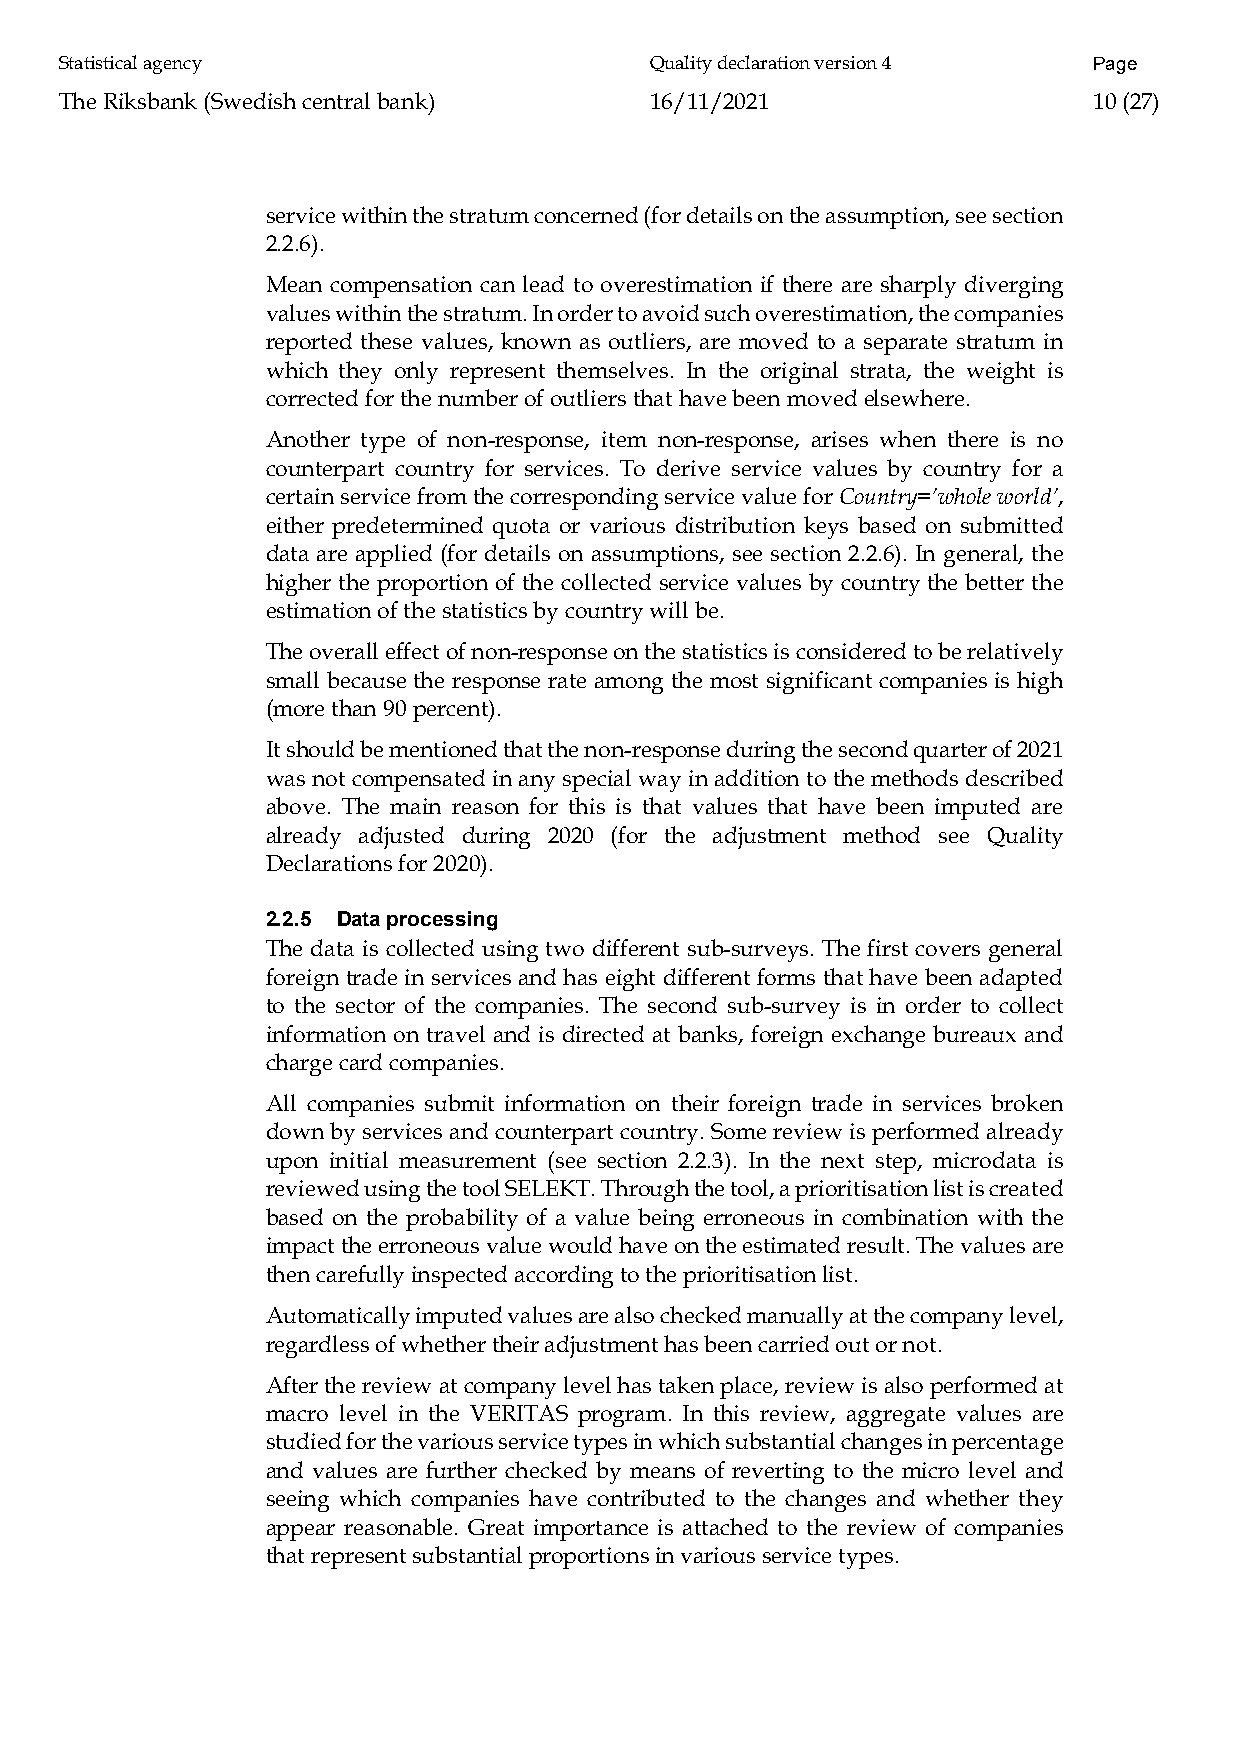
Statistical agency                     Quality declaration version 4 Page
 The Riksbank (Swedish central bank)    16/11/2021                   10 (27)
 service within the stratum concerned (for details on the assumption, see section
 2.2.6).
 Mean compensation can lead to overestimation if there are sharply diverging
 values within the stratum. In order to avoid such overestimation, the companies
 reported these values, known as outliers, are moved to a separate stratum in
 which they only represent themselves. In the original strata, the weight is
 corrected for the number of outliers that have been moved elsewhere.
 Another type of non-response, item non-response, arises when there is no
 counterpart country for services. To derive service values by country for a
 certain service from the corresponding service value for Country=’whole world’,
 either predetermined quota or various distribution keys based on submitted
 data are applied (for details on assumptions, see section 2.2.6). In general, the
 higher the proportion of the collected service values by country the better the
 estimation of the statistics by country will be.
 The overall effect of non-response on the statistics is considered to be relatively
 small because the response rate among the most significant companies is high
 (more than 90 percent).
 It should be mentioned that the non-response during the second quarter of 2021
 was not compensated in any special way in addition to the methods described
 above. The main reason for this is that values that have been imputed are
 already adjusted during 2020 (for the adjustment method see Quality
 Declarations for 2020).
 2.2.5 Data processing
 The data is collected using two different sub-surveys. The first covers general
 foreign trade in services and has eight different forms that have been adapted
 to the sector of the companies. The second sub-survey is in order to collect
 information on travel and is directed at banks, foreign exchange bureaux and
 charge card companies.
 All companies submit information on their foreign trade in services broken
 down by services and counterpart country. Some review is performed already
 upon initial measurement (see section 2.2.3). In the next step, microdata is
 reviewed using the tool SELEKT. Through the tool, a prioritisation list is created
 based on the probability of a value being erroneous in combination with the
 impact the erroneous value would have on the estimated result. The values are
 then carefully inspected according to the prioritisation list.
 Automatically imputed values are also checked manually at the company level,
 regardless of whether their adjustment has been carried out or not.
 After the review at company level has taken place, review is also performed at
 macro level in the VERITAS program. In this review, aggregate values are
 studied for the various service types in which substantial changes in percentage
 and values are further checked by means of reverting to the micro level and
 seeing which companies have contributed to the changes and whether they
 appear reasonable. Great importance is attached to the review of companies
 that represent substantial proportions in various service types.